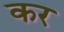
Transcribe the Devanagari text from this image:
कर